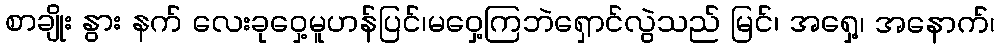
စာချိုး နွား နက် လေးခုဝှေ့မူဟန်ပြင်၊မဝှေ့ကြဘဲရှောင်လွဲသည် မြင်၊ အရှေ့၊ အနောက်၊